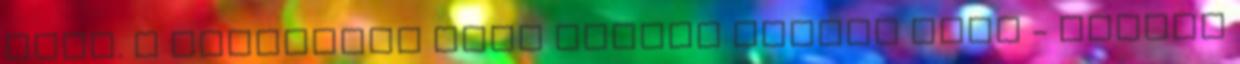
zaja. A rikácsoló hang nagyon hangos volt - sokkal